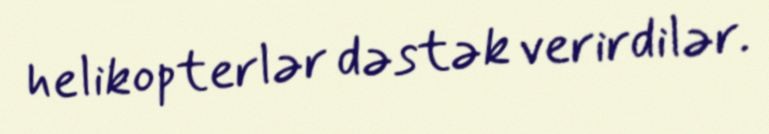
helikopterlər dəstək verirdilər.